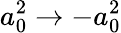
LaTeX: a_{0}^{2}\rightarrow-a_{0}^{2}